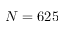
N = 6 2 5